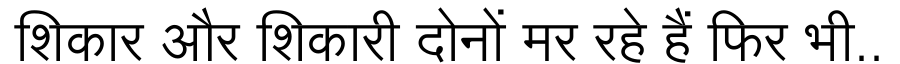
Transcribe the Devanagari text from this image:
शिकार और शिकारी दोनों मर रहे हैं फिर भी..